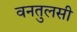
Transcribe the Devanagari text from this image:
वनतुलसी